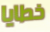
خطايا